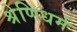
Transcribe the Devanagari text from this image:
श्रेणिधर्म